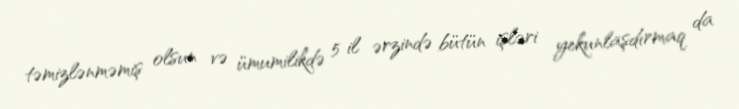
təmizlənməmiş olsun və ümumilikdə 5 il ərzində bütün işləri yekunlaşdırmaq da